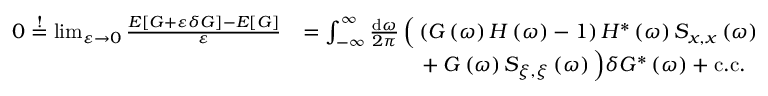
\begin{array} { r l } { 0 \stackrel { ! } { = } \operatorname* { l i m } _ { \varepsilon \to 0 } \frac { E \left[ G + \varepsilon \delta G \right] - E \left[ G \right] } { \varepsilon } } & { = \int _ { - \infty } ^ { \infty } \frac { \mathrm { d } \omega } { 2 \pi } \, \Big ( \left( G \left( \omega \right) H \left( \omega \right) - 1 \right) H ^ { * } \left( \omega \right) S _ { x , x } \left( \omega \right) } \\ & { \hphantom { = \int _ { - \infty } ^ { \infty } \frac { \mathrm { d } \omega } { 2 \pi } \, \bigg ( } + G \left( \omega \right) S _ { \xi , \xi } \left( \omega \right) \Big ) \delta G ^ { * } \left( \omega \right) + \mathrm { c . c . } } \end{array}